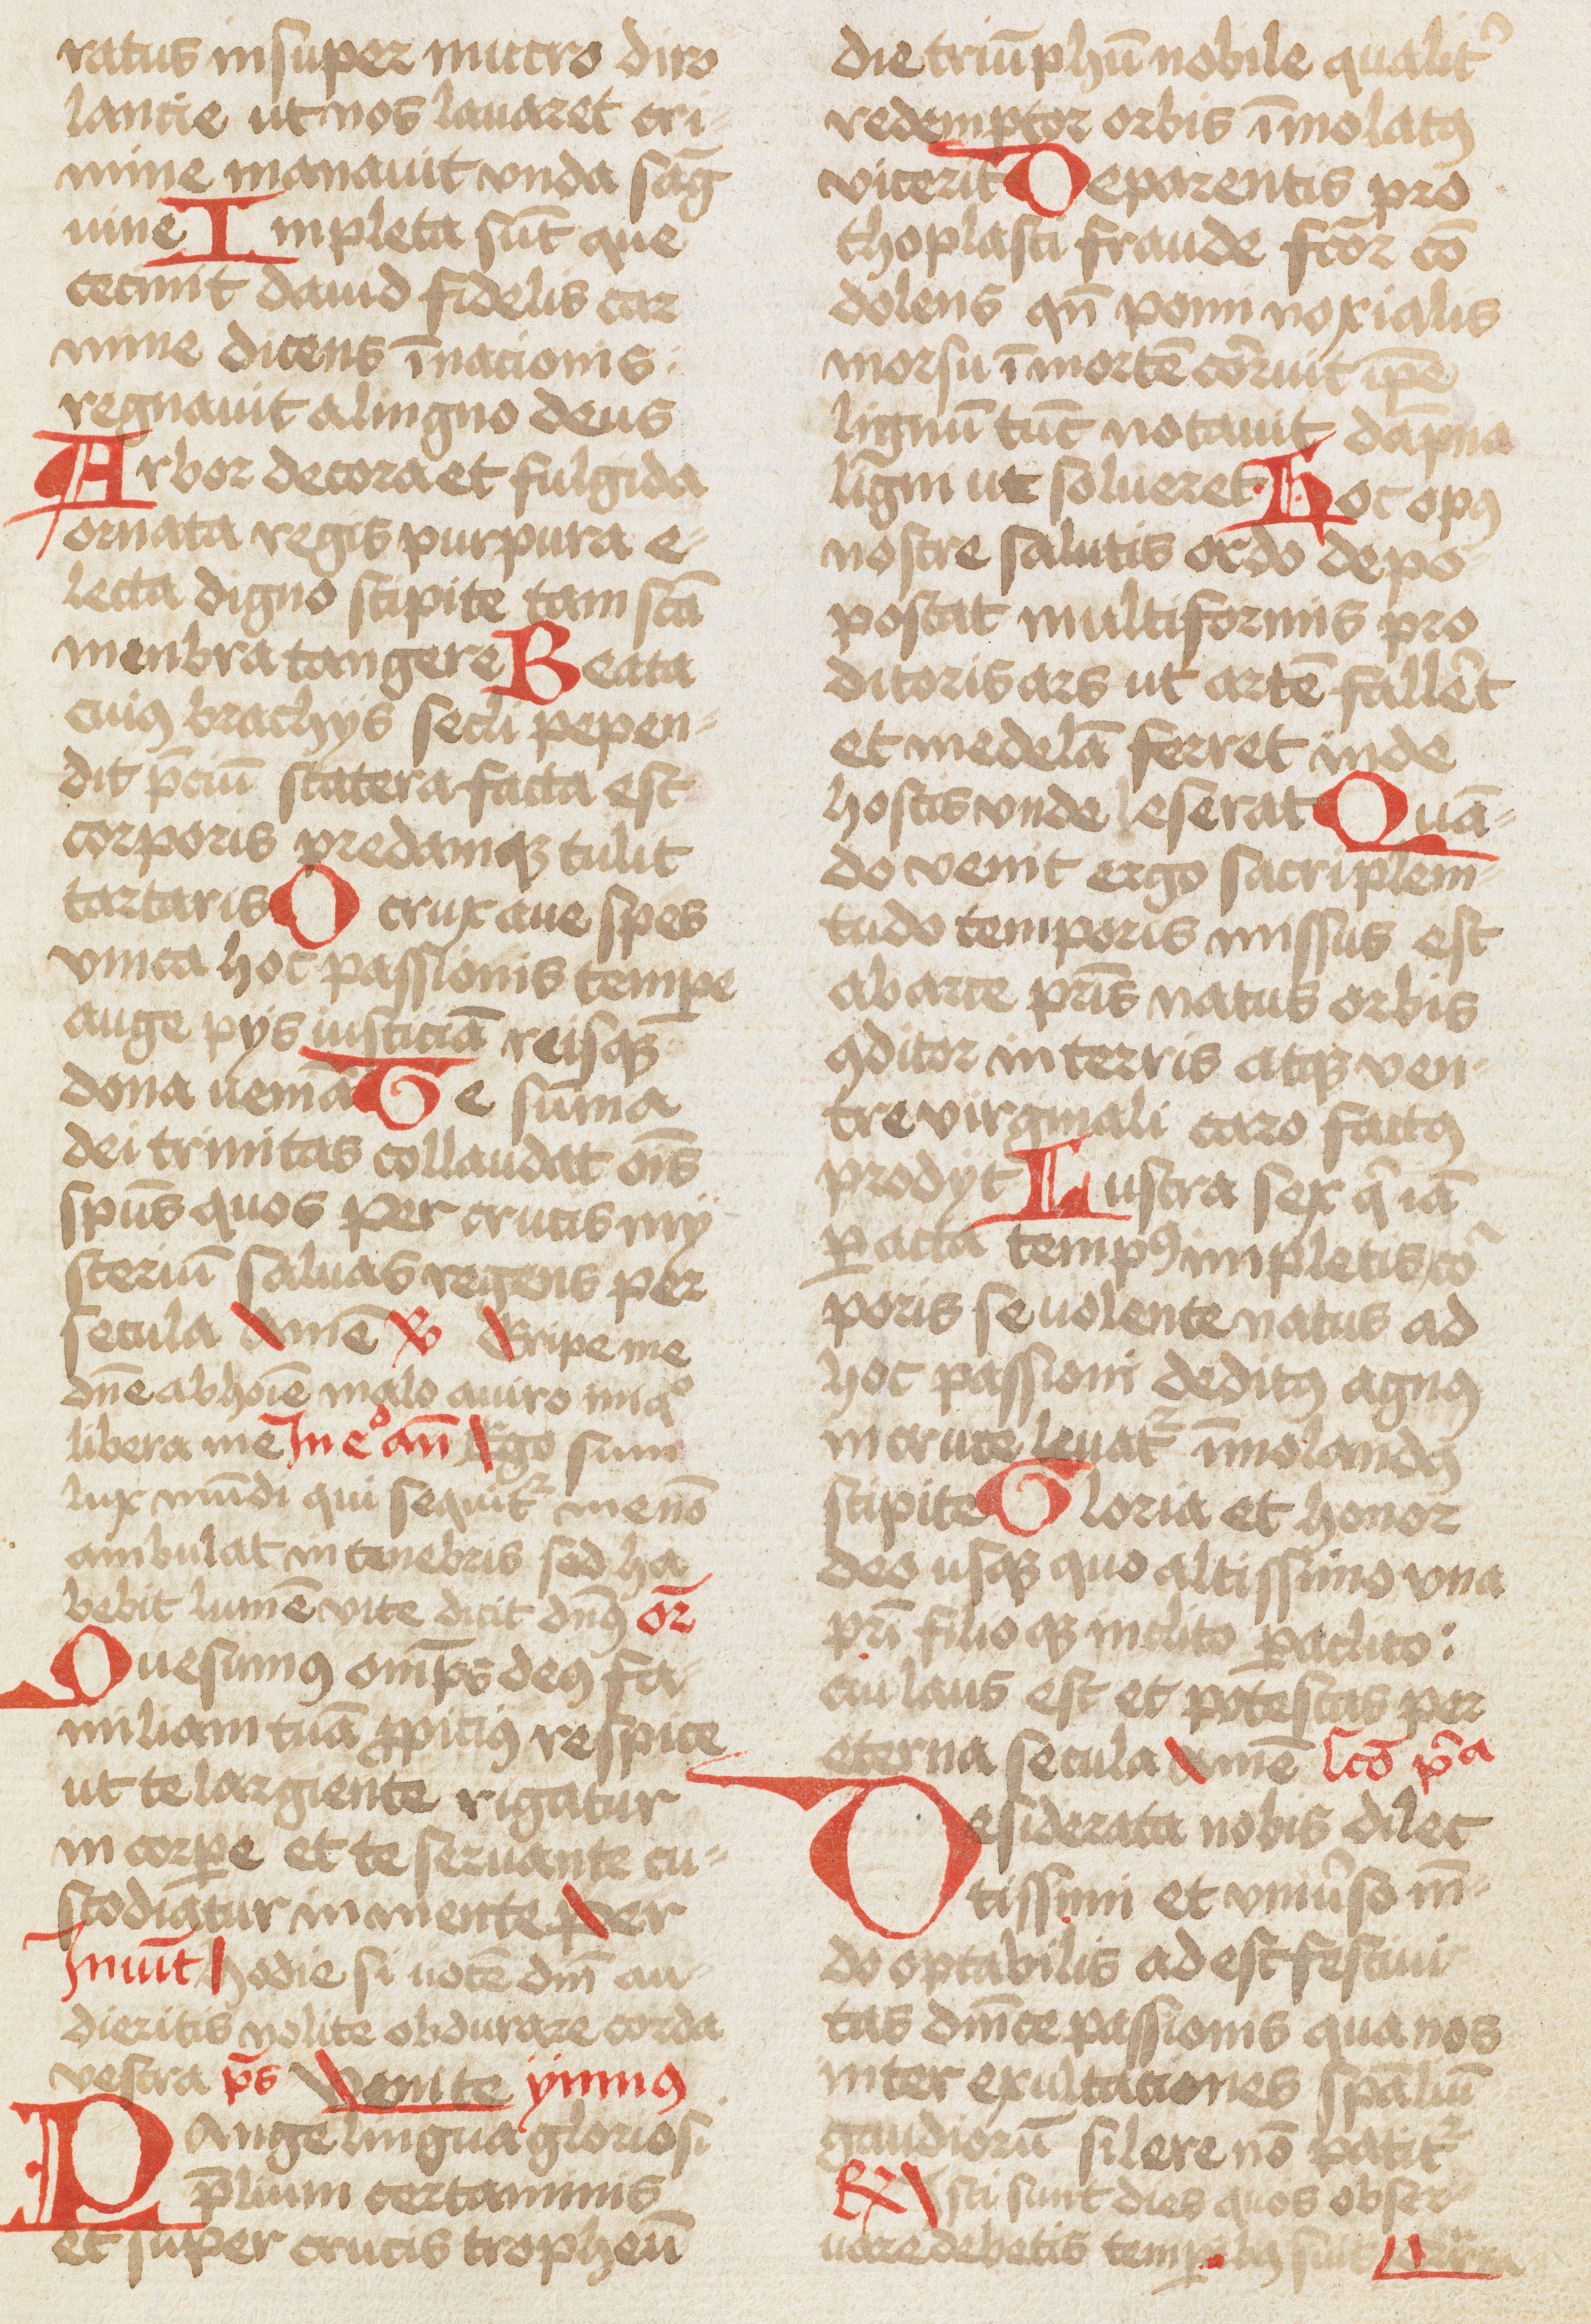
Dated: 1466–1466